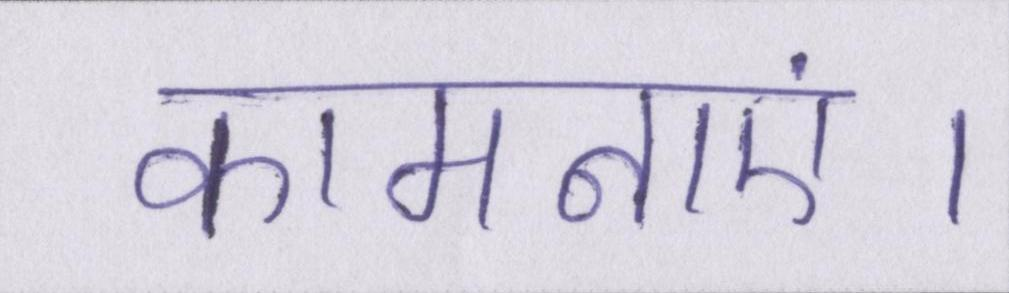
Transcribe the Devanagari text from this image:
कामनाएं।